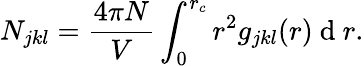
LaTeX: N_{jkl}=\frac{4\pi N}{V}\int_{0}^{r_{c}}r^{2}g_{jkl}(r)\mathrm{~d~}r.